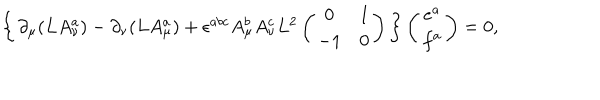
\left\{ \begin{array} { c } { { \partial _ { \mu } ( L A _ { \nu } ^ { a } ) - \partial _ { \nu } ( L A _ { \mu } ^ { a } ) + \epsilon ^ { a b c } A _ { \mu } ^ { b } A _ { \nu } ^ { c } L ^ { 2 } \left( \begin{array} { c c } { { 0 } } & { { 1 } } \\ { { - 1 } } & { { 0 } } \\ \end{array} \right) } } \\ \end{array} \right\} \left( \begin{array} { c } { { e ^ { a } } } \\ { { f ^ { a } } } \\ \end{array} \right) = 0 ,